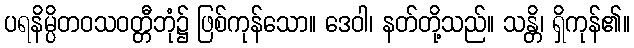
ပရနိမ္ပိတဝသဝတ္တီဘုံ၌ ဖြစ်ကုန်သော။ ဒေဝါ၊ နတ်တို့သည်။ သန္တိ၊ ရှိကုန်၏။